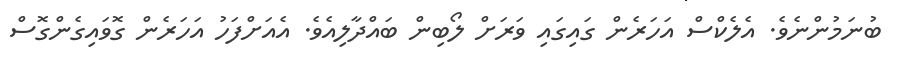
ބުނަމުންނެވެ. އެލެކްސް އަހަރެން ގައިގައި ވަރަށް ލޯބިން ބައްދާލިއެވެ. އެއަށްފަހު އަހަރެން ގޮވައިގެންގޮސް